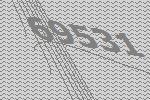
69531